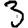
Digit: 3